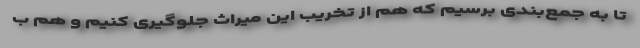
تا به جمع‌بندی برسیم که هم از تخریب این میراث جلوگیری کنیم و هم ب